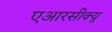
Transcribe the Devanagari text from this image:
एआरसीक्यू